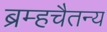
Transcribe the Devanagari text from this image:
ब्रम्हचैतन्य